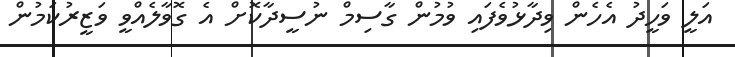
އަލީ ވަހީދު އެހެން ވިދާޅުވެފައި ވުމުން ގާސިމް ނުސީދާކޮށް އެ ގޮވާލެއްވީ ވަޒީރުކަމުން